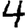
Digit: 4